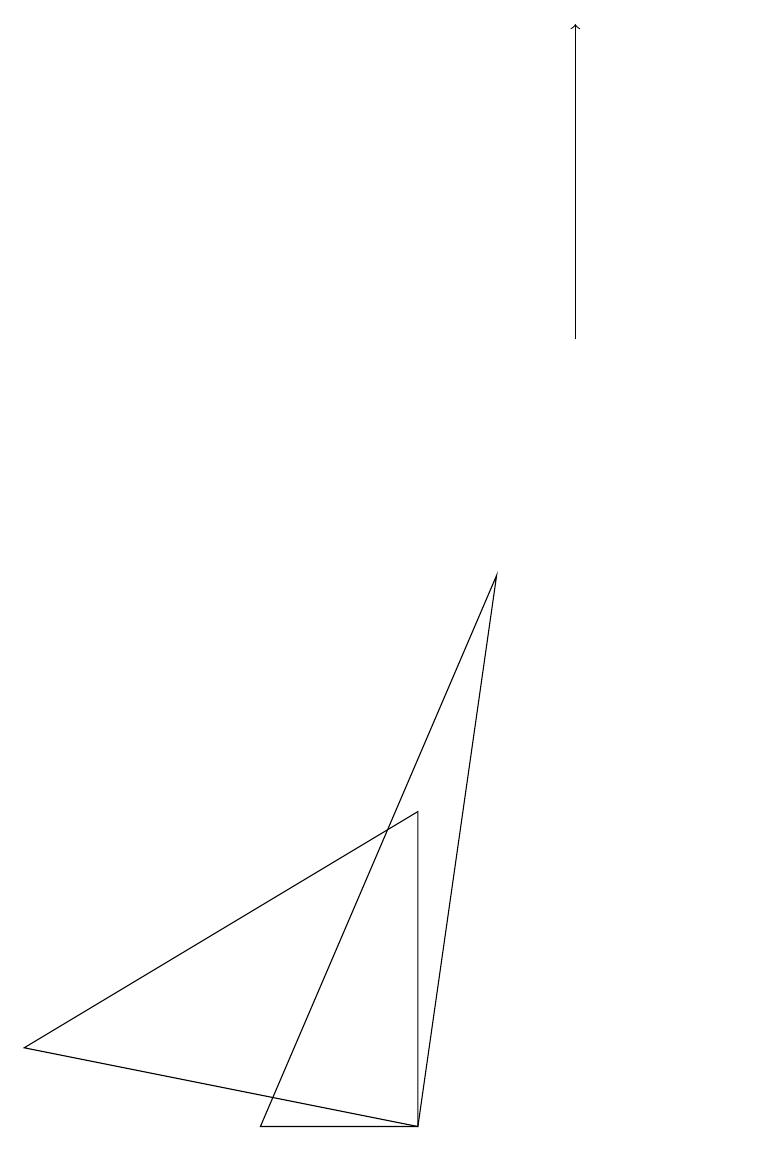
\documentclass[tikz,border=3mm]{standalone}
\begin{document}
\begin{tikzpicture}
\draw[->] (8,10) -- (8,14);
\draw (1,1) -- (6,4) -- (6,0) -- cycle;
\draw (7,7) -- (6,0) -- (4,0) -- cycle;
\draw (10,11) circle (0);
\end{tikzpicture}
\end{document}